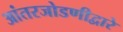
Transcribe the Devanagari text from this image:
आंतरजोडणीद्वारे